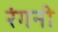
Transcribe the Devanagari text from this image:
रंगनी